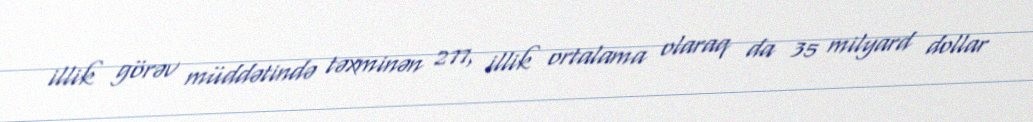
illik görəv müddətində təxminən 277, illik ortalama olaraq da 35 milyard dollar